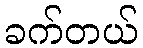
ခက်တယ်